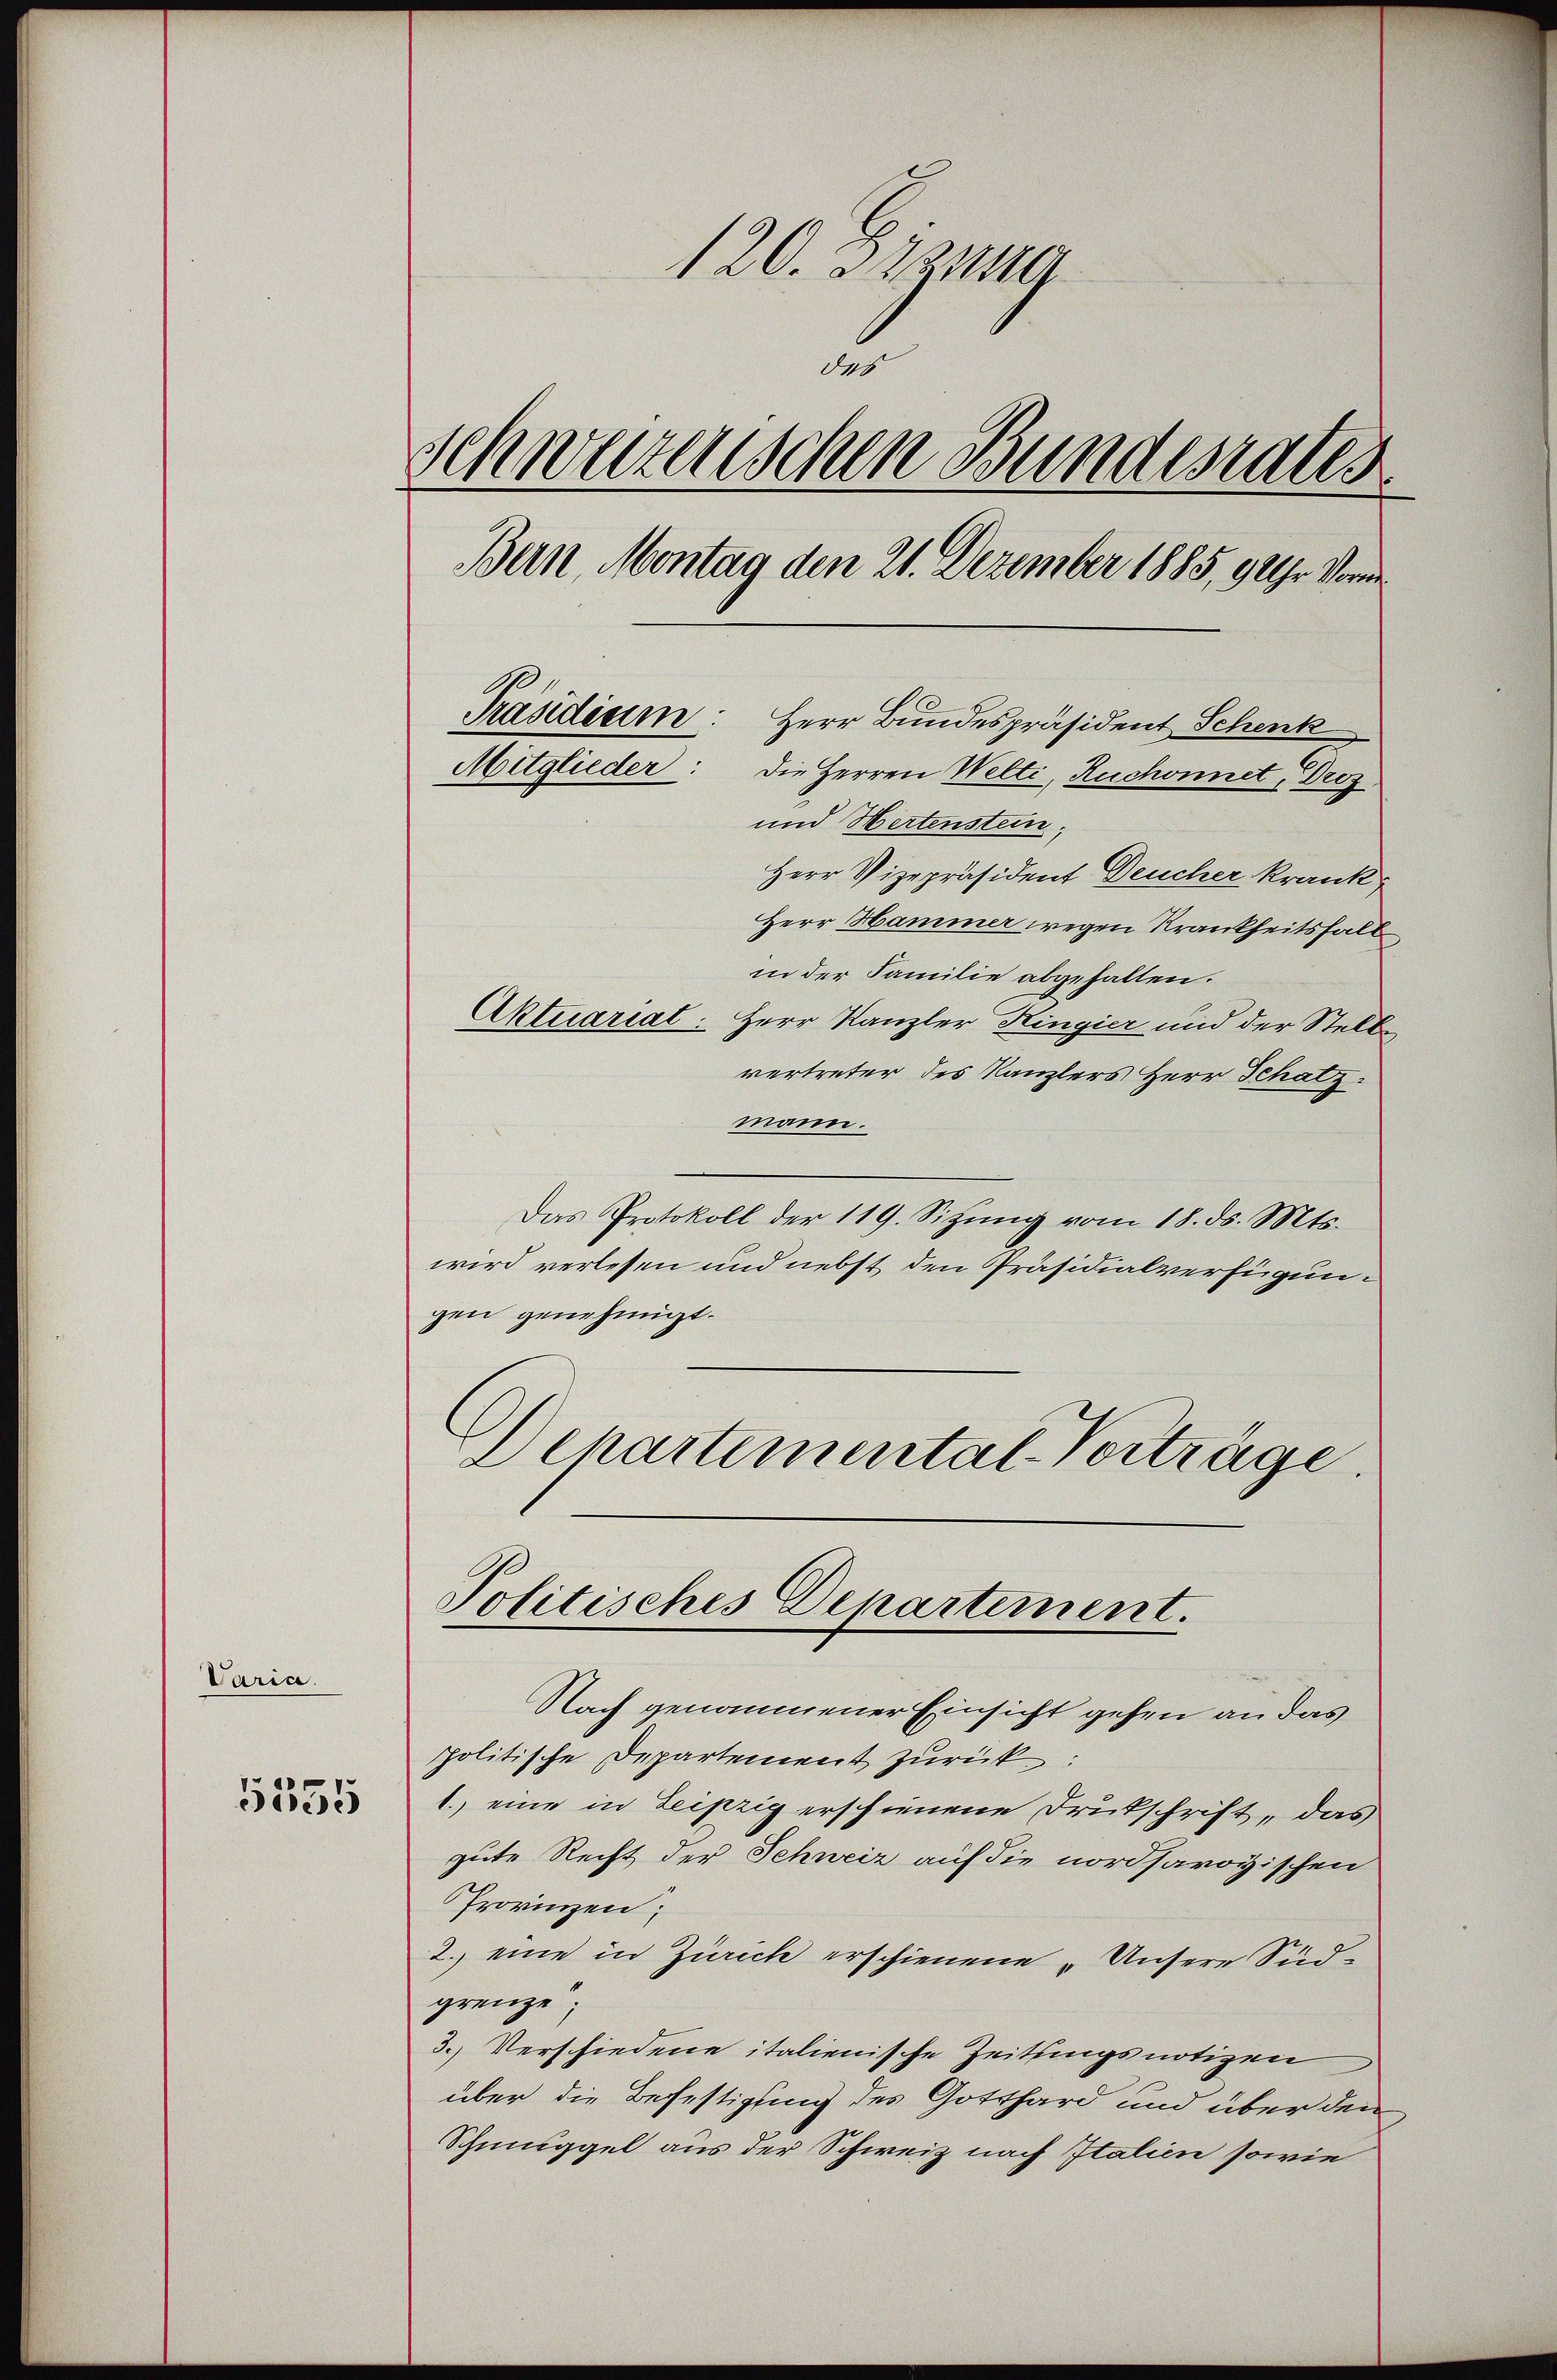
Varia.

5535

120. Sizung
das
Schweizerischen Bundesrates
Bern, Montag den 21. Dezember 1885, 9 Uhr Vorm
Präsidium: Herr Bundespräsident Schenk
Mitglieder: Die Herren Welti, Ruchonnet, Droz
und Hertenstein,

Herr Vizepräsident Deucher krank
Herr Hammer wegen Krankheitsfall
in der Familie abgehalten.
Aktuariat. Herr Kanzler Kingier und der Stell
vertreter des Kanzlers Herr Schatz.
mann.
Das Protokoll der 119. Sitzŭng vom 18. ds. Mts.
wird verlesen und nebst den Präsidialverfügungen genehmigt.
Departemental-Vorträge.
Politisches Departement.
Nach genommener Einsicht gehen an das
politische Departement zurück:
1.) eine in Leipzig erschienene Drukschrift, das
gute Recht der Schweiz auf die nordsavoyischen
Provinzen:
2. eine in Zürich erschienene „Unsere Südgrenze
3.) Verschiedene italienische Zeitungsnotizen
über die Befestigung des Gotthard und über den
Schmuggel aus der Schweiz nach Italien sowie